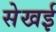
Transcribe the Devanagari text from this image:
सेखई